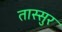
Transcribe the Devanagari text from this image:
तास्सुर